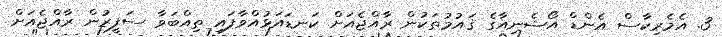
3. އެމެރިކާސް އެންޑް އޯޝެނިއާގެ ޤައުމުތަކުން ރާއްޖެއަށް ކަނޑައަޅުއްވާފައި ތިއްބަވާ ސަފީރުން ރާއްޖެއަށް